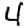
Digit: 4